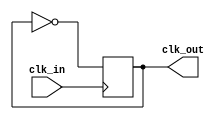
module clock_generator(
    input wire clk_in,
    output reg clk_out
);

always @(posedge clk_in) begin
    clk_out <= ~clk_out; // Generate clock signal
end

endmodule